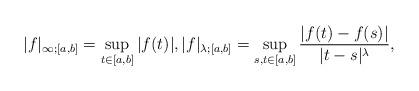
LaTeX: \begin{align*}| f |_{\infty;[a,b]}= \sup_{t \in [a,b]} |f(t)|, |f |_{\lambda;[a,b]} = \sup_{s,t \in [a,b]} \frac{|f(t)-f(s)|}{|t-s|^{\lambda}} ,\end{align*}